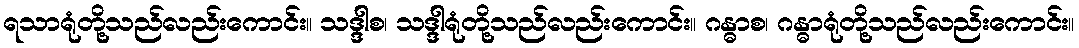
ရသာရုံတို့သည်လည်းကောင်း။ သဒ္ဒါစ၊ သဒ္ဒါရုံတို့သည်လည်းကောင်း။ ဂန္ဓာစ၊ ဂန္ဓာရုံတို့သည်လည်းကောင်း။